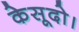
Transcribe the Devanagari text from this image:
केसूदो।